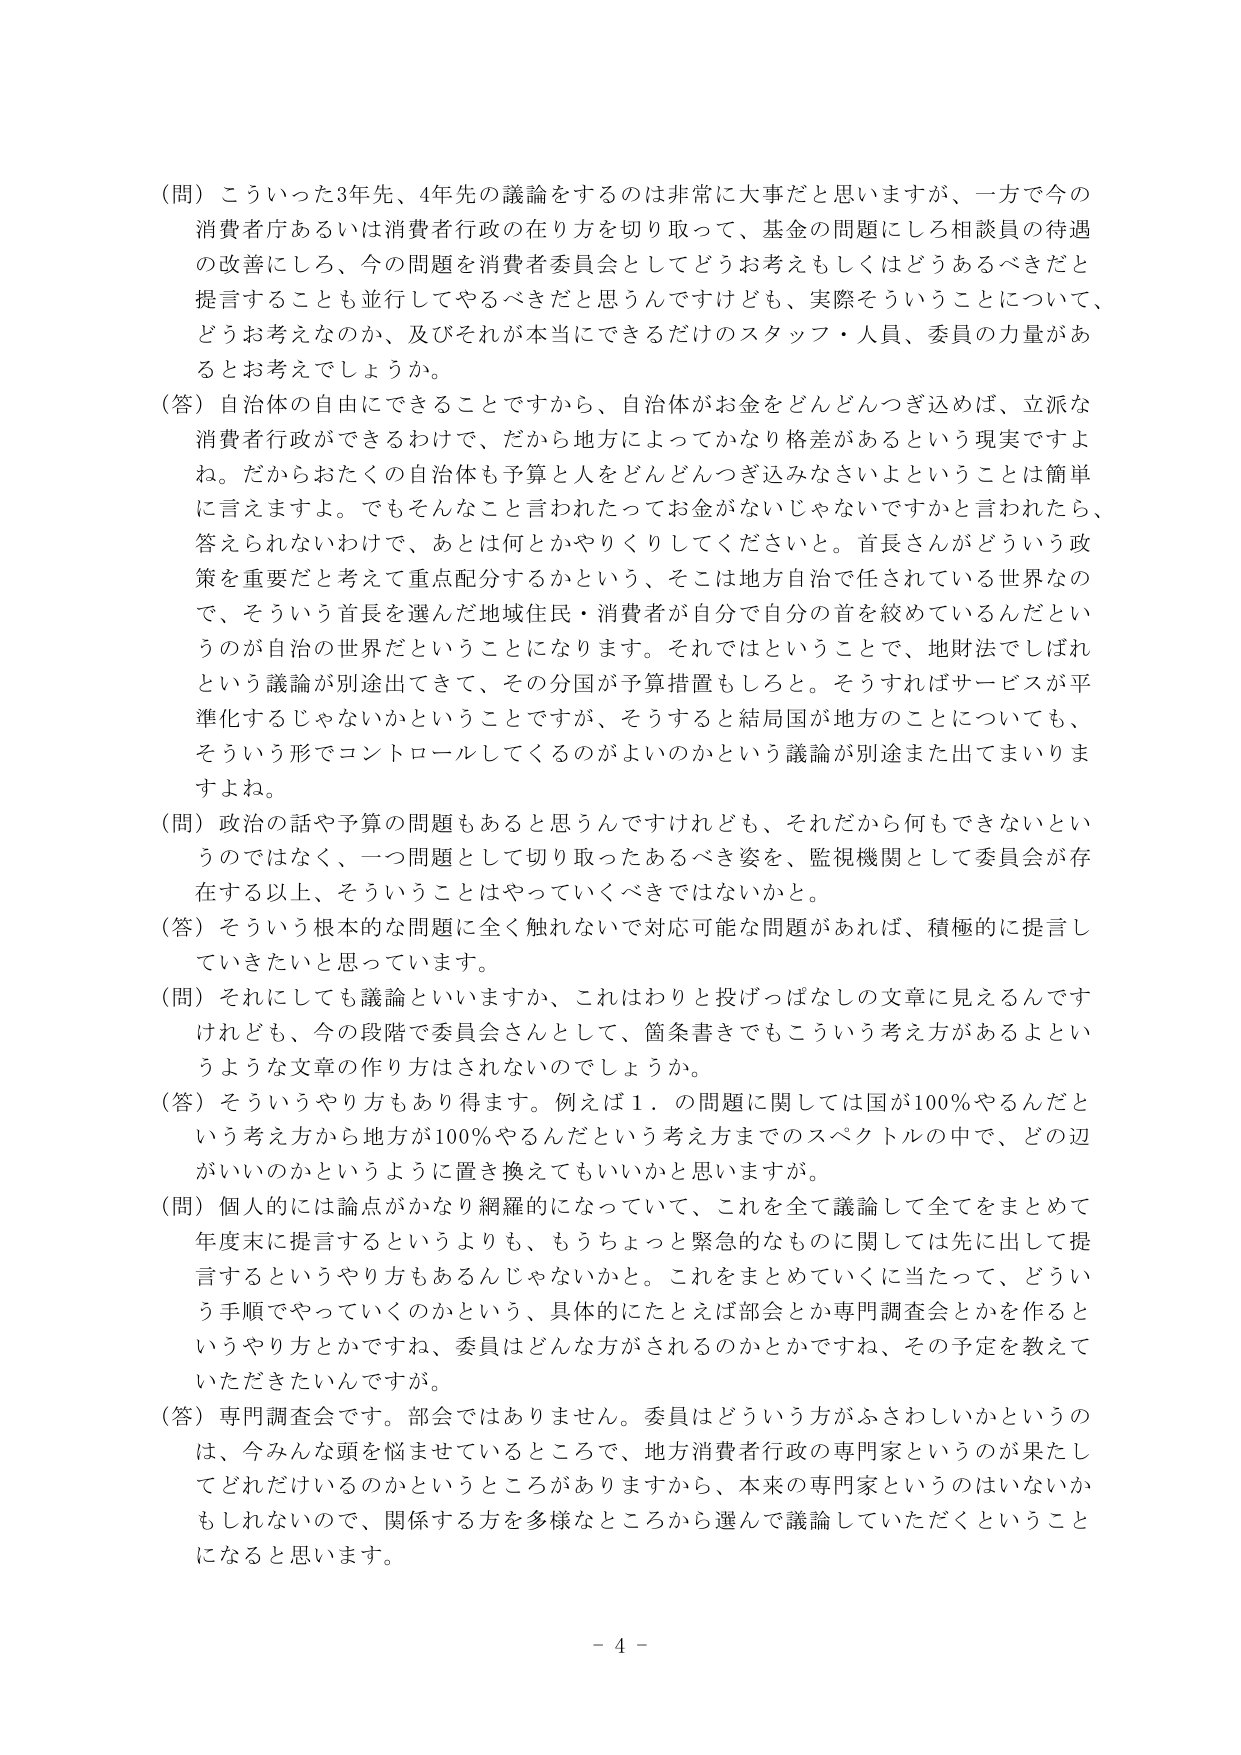
（問）こういった3年先、4年先の議論をするのは非常に大事だと思いますが、一方で今の消費者庁あるいは消費者行政の在り方を切り取って、基金の問題にしろ相談員の待遇の改善にしろ、今の問題を消費者委員会としてどうお考えもしくはどうあるべきだと提言することも並行してやるべきだと思うんですけども、実際そういうことについて、どうお考えなのか、及びそれが本当にできるだけのスタッフ・人員、委員の力量があるとお考えでしょうか。

（答）自治体の自由にできることですから、自治体がお金をどんどんつぎ込めば、立派な消費者行政ができるわけで、だから地方によってかなり格差があるという現実ですよね。だからおたくの自治体も予算と人をどんどんつぎ込みなさいということは簡単に言えますよ。でもそんなこと言われたってお金がないじゃないですかと言われたら、答えられないわけで、あとは何とかやりくりしてくださいと。首長さんがどういう政策を重要だと考えて重点配分するかという、そこは地方自治で任されている世界なので、そういう首長を選んだ地域住民・消費者が自分で自分の首を絞めているんだというのが自治の世界だということになります。それではということで、地財法でしばれという議論が別途出てきて、その分国が予算措置もしろと。そうすればサービスが平準化するじゃないかということですが、そうすると結局国が地方のことについても、そういう形でコントロールしてくるのがよいのかという議論が別途また出てまいりますよね。

（問）政治の話や予算の問題もあると思うんですけども、それだから何もできないというのではなく、一つ問題として切り取ったあるべき姿を、監視機関として委員会が存在する以上、そういうことはやっていくべきではないかと。

（答）そういう根本的な問題に全く触れないうえで対応可能な問題があれば、積極的に提言していきたいと思っています。

（問）それにしても数論といいますか、これはわりと投げっぱなしの文章に見えるんですけども、今の段階で委員会さんとして、箇条書きでもこういう考え方があるよというような文章の作り方はされないのでしょうか。

（答）そういうやり方もあり得ます。例えば１．の問題に関しては国が100％やるんだという考え方から地方が100％やるんだという考え方までのスペクトルの中で、どの辺がいいのかというように置き換えてもいいかと思いますが。

（問）個人的には論点がかなり網羅的になっていて、これを全て議論して全てをまとめて年度末に提言するというよりも、もうちょっと緊急的なものに関しては先に出して提言するというやり方もあるんじゃないかなと。これをまとめていくに当たって、どういう手順でやっていくのかという、具体的にたとえば部会とか専門調査会とかを作るというやり方とかですね、委員はどんな方がされるのかとかですね、その予定を教えていただきたいんですが。

（答）専門調査会です。部会ではありません。委員はどういう方がふさわしいかというのは、今みんな頭を悩ませているところで、地方消費者行政の専門家というのが果たしてどれだけいるのかというところがありますから、本来の専門家というのはいないかもしれないんで、関係する方を多様なところから選んで議論していただくということになると思います。

- 4 -